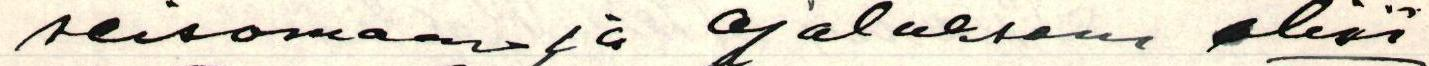
seisomassa ja ajatuksena olisi